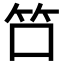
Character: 𬔭